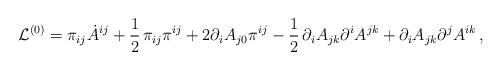
LaTeX: \begin{align*}{\cal L}^{(0)}=\pi_{ij}\dot A^{ij}+{1\over2}\,\pi_{ij}\pi^{ij}+2\partial_iA_{j0}\pi^{ij}-{1\over2}\,\partial_iA_{jk}\partial^iA^{jk}+\partial_iA_{jk}\partial^jA^{ik}\,,\end{align*}